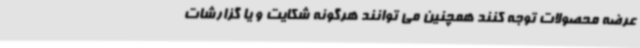
عرضه محصولات توجه کنند همچنین می توانند هرگونه شکایت و یا گزارشات